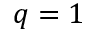
q = 1